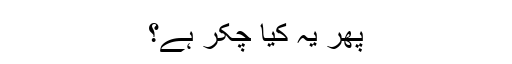
پھر یہ کیا چکّر ہے؟